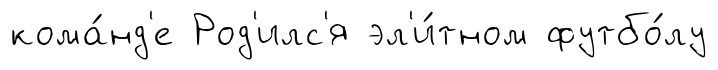
кома́нд'е Род'илс'я эл'и́тном футбо́лу